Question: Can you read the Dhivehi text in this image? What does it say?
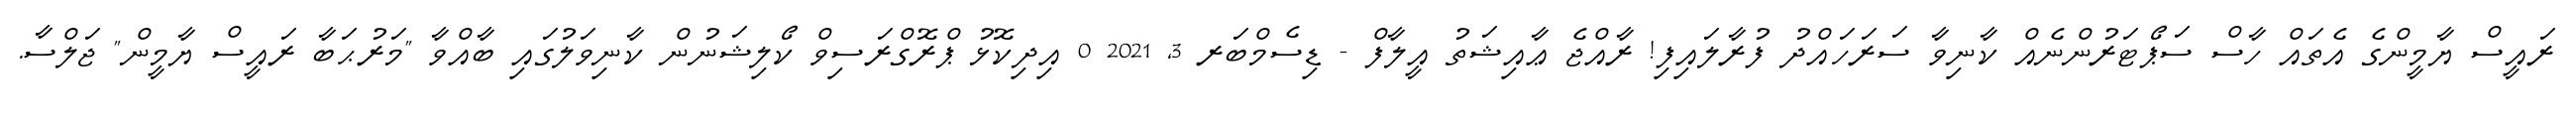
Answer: ރައީސް ޔާމީންގެ އެތައް ހާސް ސަޕޯޓަރުންނެއް ކާނިވާ ސަރަހައްދު ފުރާލައިފި! ރާއްޖެ ޢާއިޝަތު އީލާފް - ޑިސެމްބަރ 3, 2021 0 އިދިކޮޅު ޕްރޮގްރަސިވް ކޯލިޝަނުން ކާނިވަލުގައި ބާއްވާ "މަރުޙަބާ ރައީސް ޔާމީން" ޖަލްސާ.